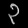
Digit: ၃